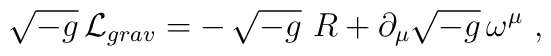
\sqrt{-g}\,{\cal L}_{grav} =  -\,\sqrt{-g}\  R +\partial_\mu  \sqrt{-g}\, \omega^\mu \ ,